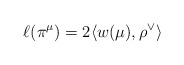
\begin{align*}\ell(\pi^\mu) = 2 \langle w(\mu), \rho^\vee \rangle \end{align*}